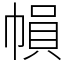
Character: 𢄙